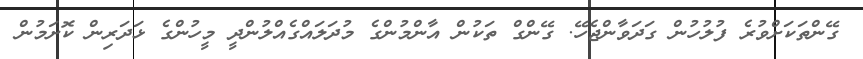
ގޭންތަކަށްވުރެ ފުލުހުން ގަދަވާންޖެހޭ. ގޭންގް ތަކުން އާންމުންގެ މުދަލައްގެއްލުންދީ މީހުންގެ ޅަދަރިން ކޮށަމުން